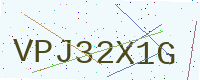
Text: VPJ32X1G